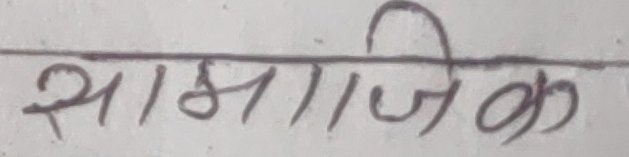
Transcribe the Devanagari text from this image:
सामाजिक